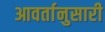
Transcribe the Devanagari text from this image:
आवर्तानुसारी